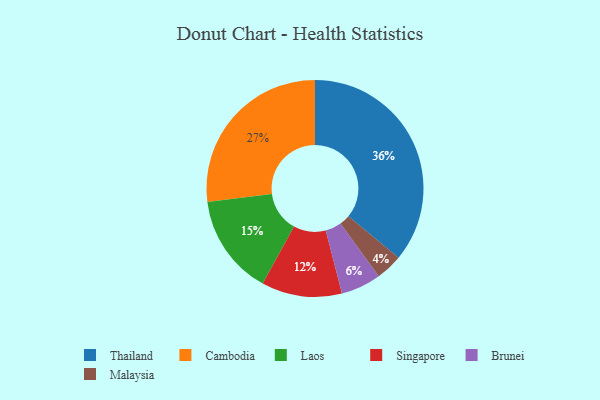
{"axis": {"x": "Category", "y": "Percentage"}, "legend": ["Brunei", "Cambodia", "Laos", "Malaysia", "Singapore", "Thailand"], "data": [{"x": "Singapore", "y": 12, "type": "Singapore"}, {"x": "Brunei", "y": 6, "type": "Brunei"}, {"x": "Malaysia", "y": 4, "type": "Malaysia"}, {"x": "Thailand", "y": 36, "type": "Thailand"}, {"x": "Laos", "y": 15, "type": "Laos"}, {"x": "Cambodia", "y": 27, "type": "Cambodia"}]}